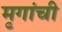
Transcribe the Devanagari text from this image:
मृगांची